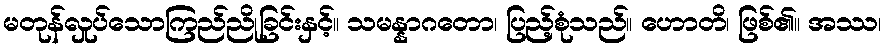
မတုန်လှုပ်သောကြည်ညိုခြင်းနှင့်။ သမန္နာဂတော၊ ပြည့်စုံသည်။ ဟောတိ၊ ဖြစ်၏။ အဿ၊